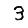
Digit: 3